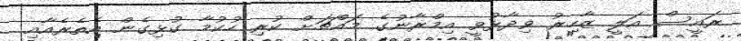
ރައީސް އަލީ ޒާހިރު ވިދާޅުވީ އިމްރާނުގެ މައްޗަށް ކުރި ހުކުމާ ގުޅިގެން އެތެރެއާއި